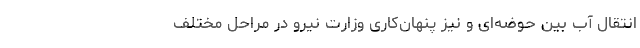
انتقال آب بین حوضه‌ای و نیز پنهان‌کاری وزارت نیرو در مراحل مختلف